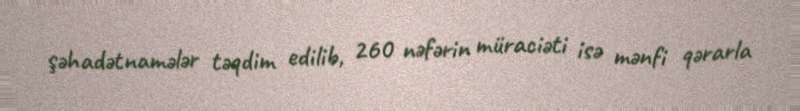
şəhadətnamələr təqdim edilib, 260 nəfərin müraciəti isə mənfi qərarla